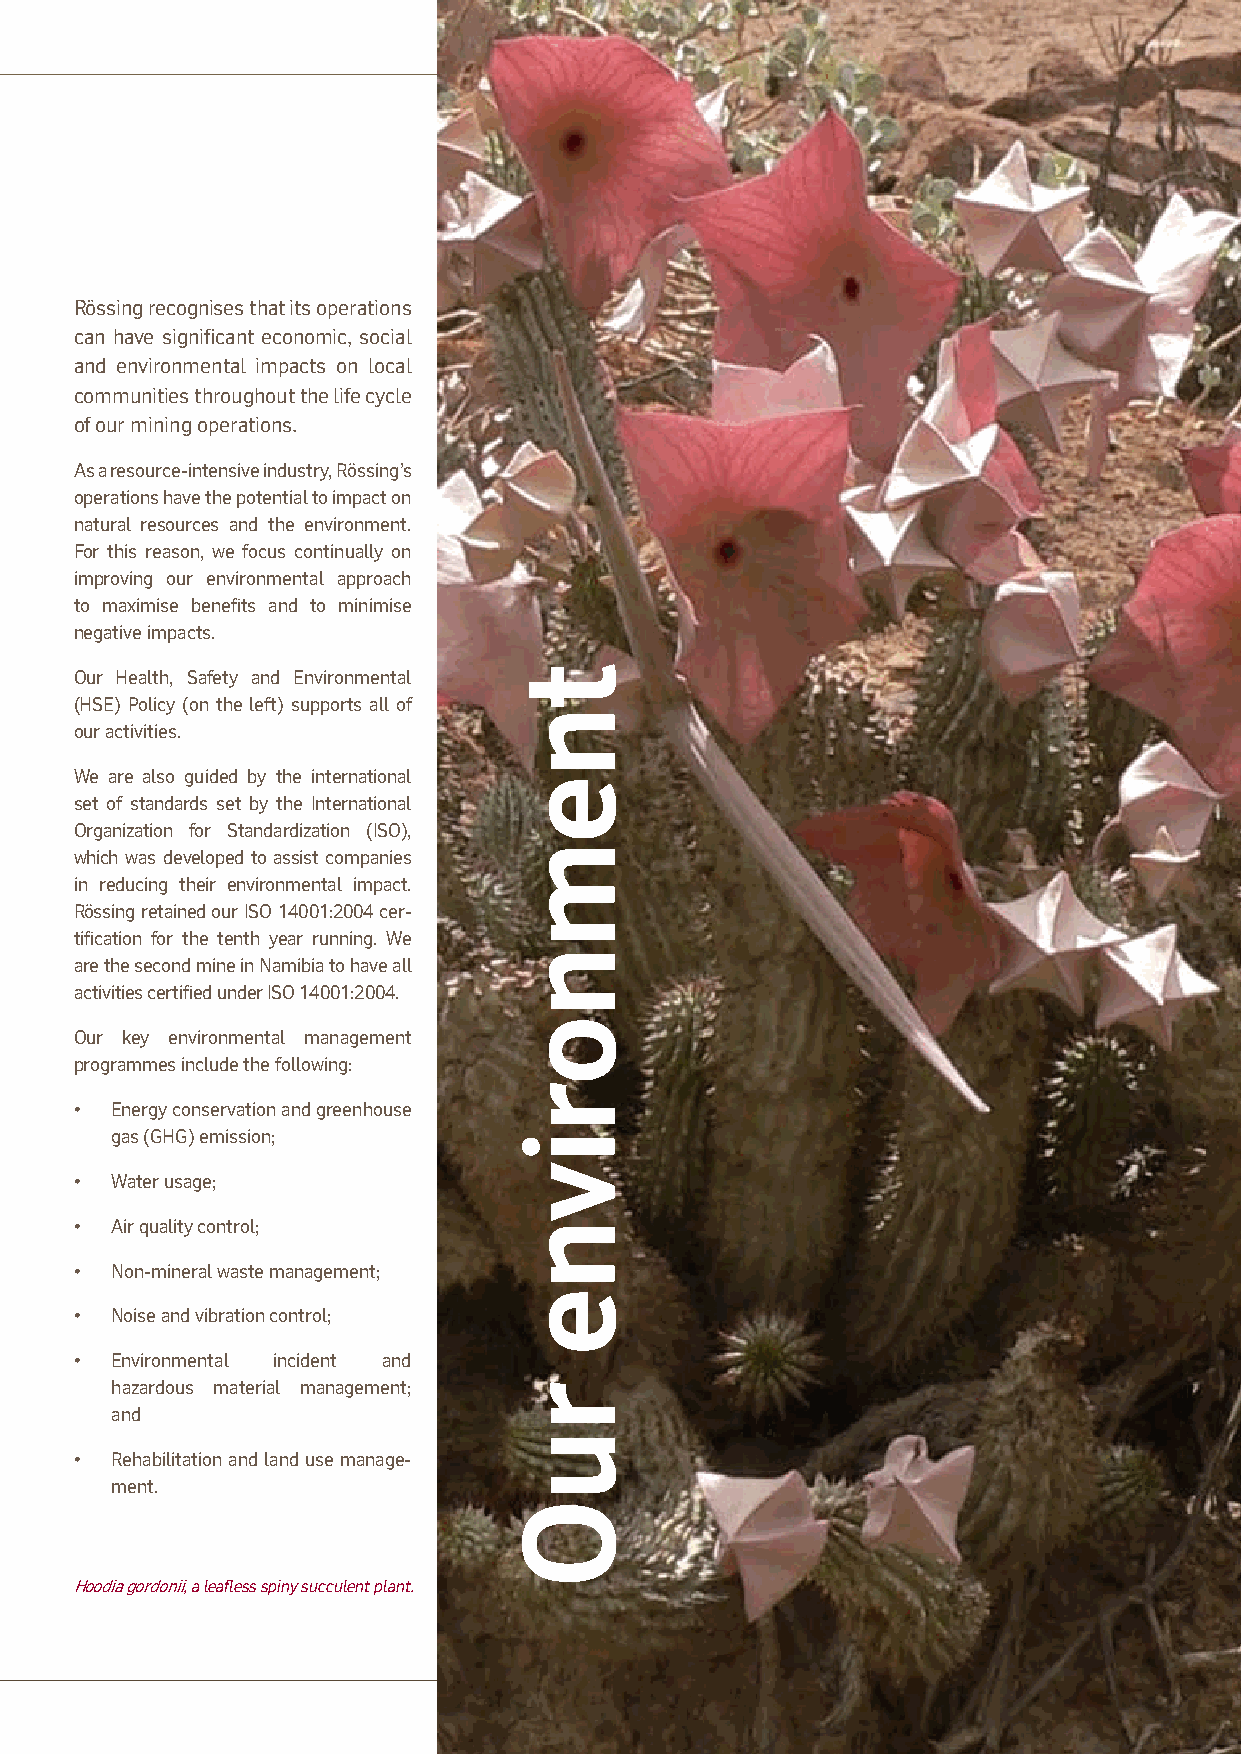
Rössing recognises that its operations
 can have significant economic, social
 and environmental impacts on local
 comm un ities throughout the life cycle
 of our mining operations.
 As a resource-intensive industry, Rössing’s
 operat ions have the potential to impact on
 natural resources and the environment.
 For this reason, we focus continually on
 imp roving our environmental approach
 to maxim ise benefits and to minimise
 negative impacts.
 Our Health, Safety and Environmental
 (HSE) Policy (on the left) supports all of
 our activities.
 We are also guided by the international
 set of standards set by the International
 Orga ni zation for Standardization (ISO),
 which was developed to assist companies
 in reducing their environmental impact.
 Rössing retained our ISO 14001:2004 cer-
 tifi c ation for the tenth year running. We
 are the second mine in Namibia to have all
 activities certified under ISO 14001:2004.
 Our key environmental management
 programmes include the following:
 • Energy conservation and greenhouse
 gas (GHG) emission;
 • Water usage;
 • Air quality control;
 • Non-mineral waste management;
 • Noise and vibration control;
 • Environmental incident and
 hazardous material management;
 and
 • Rehabilitation and land use manage-
 ment.
 Hoodia gordonii, a leafless spiny succulent plant.
 Rössing Uranium Limited | Report to Stakeholders | 2011 45
 tnemnorivne
 ruO